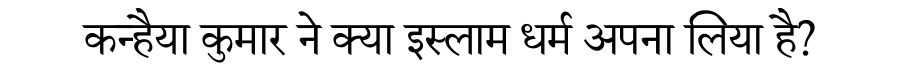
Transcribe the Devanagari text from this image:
कन्हैया कुमार ने क्या इस्लाम धर्म अपना लिया है?